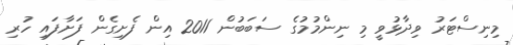
މިނިސްޓަރު ވިދާޅުވީ މި ނިންމުމުގެ ސަބަބުން 2011 އިން ފެށިގެން ފަށާފައި ހުރި